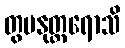
တွမနုတ္တရောသိ